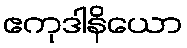
ဧကုဒါနိယော